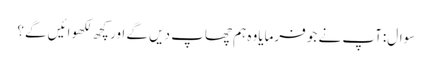
سوال:آپ نے جو فرمایاوہ ہم چھاپ دیں گے اور کچھ لکھوائیں گے؟